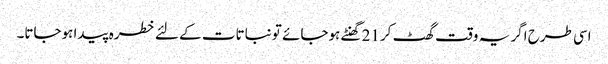
اسی طرح اگر یہ وقت گھٹ کر21 گھنٹے ہوجائے تو نباتات کے لئے خطرہ پیدا ہوجاتا۔